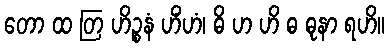
တော ထ တြ ဟိဉ္စနံ ဟိံဟံ၊ ဓိ ဟ ဟိ ဓ ဓုနာ ရဟိ။